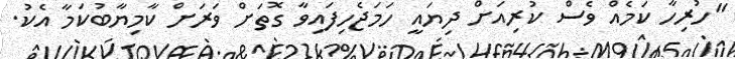
"ހުރިހާ ކަމެއް ވެސް ކުރިއަށް ދިޔައީ ހަމަޖެހިފައިވާ ގޮތަށް ވަރަށް ކާމިޔާބުކަމާ އެކު.